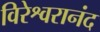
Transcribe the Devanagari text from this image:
विरेश्वरानंद